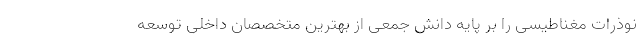
نوذرات مغناطیسی را بر پایه دانش جمعی از بهترین متخصصان داخلی توسعه